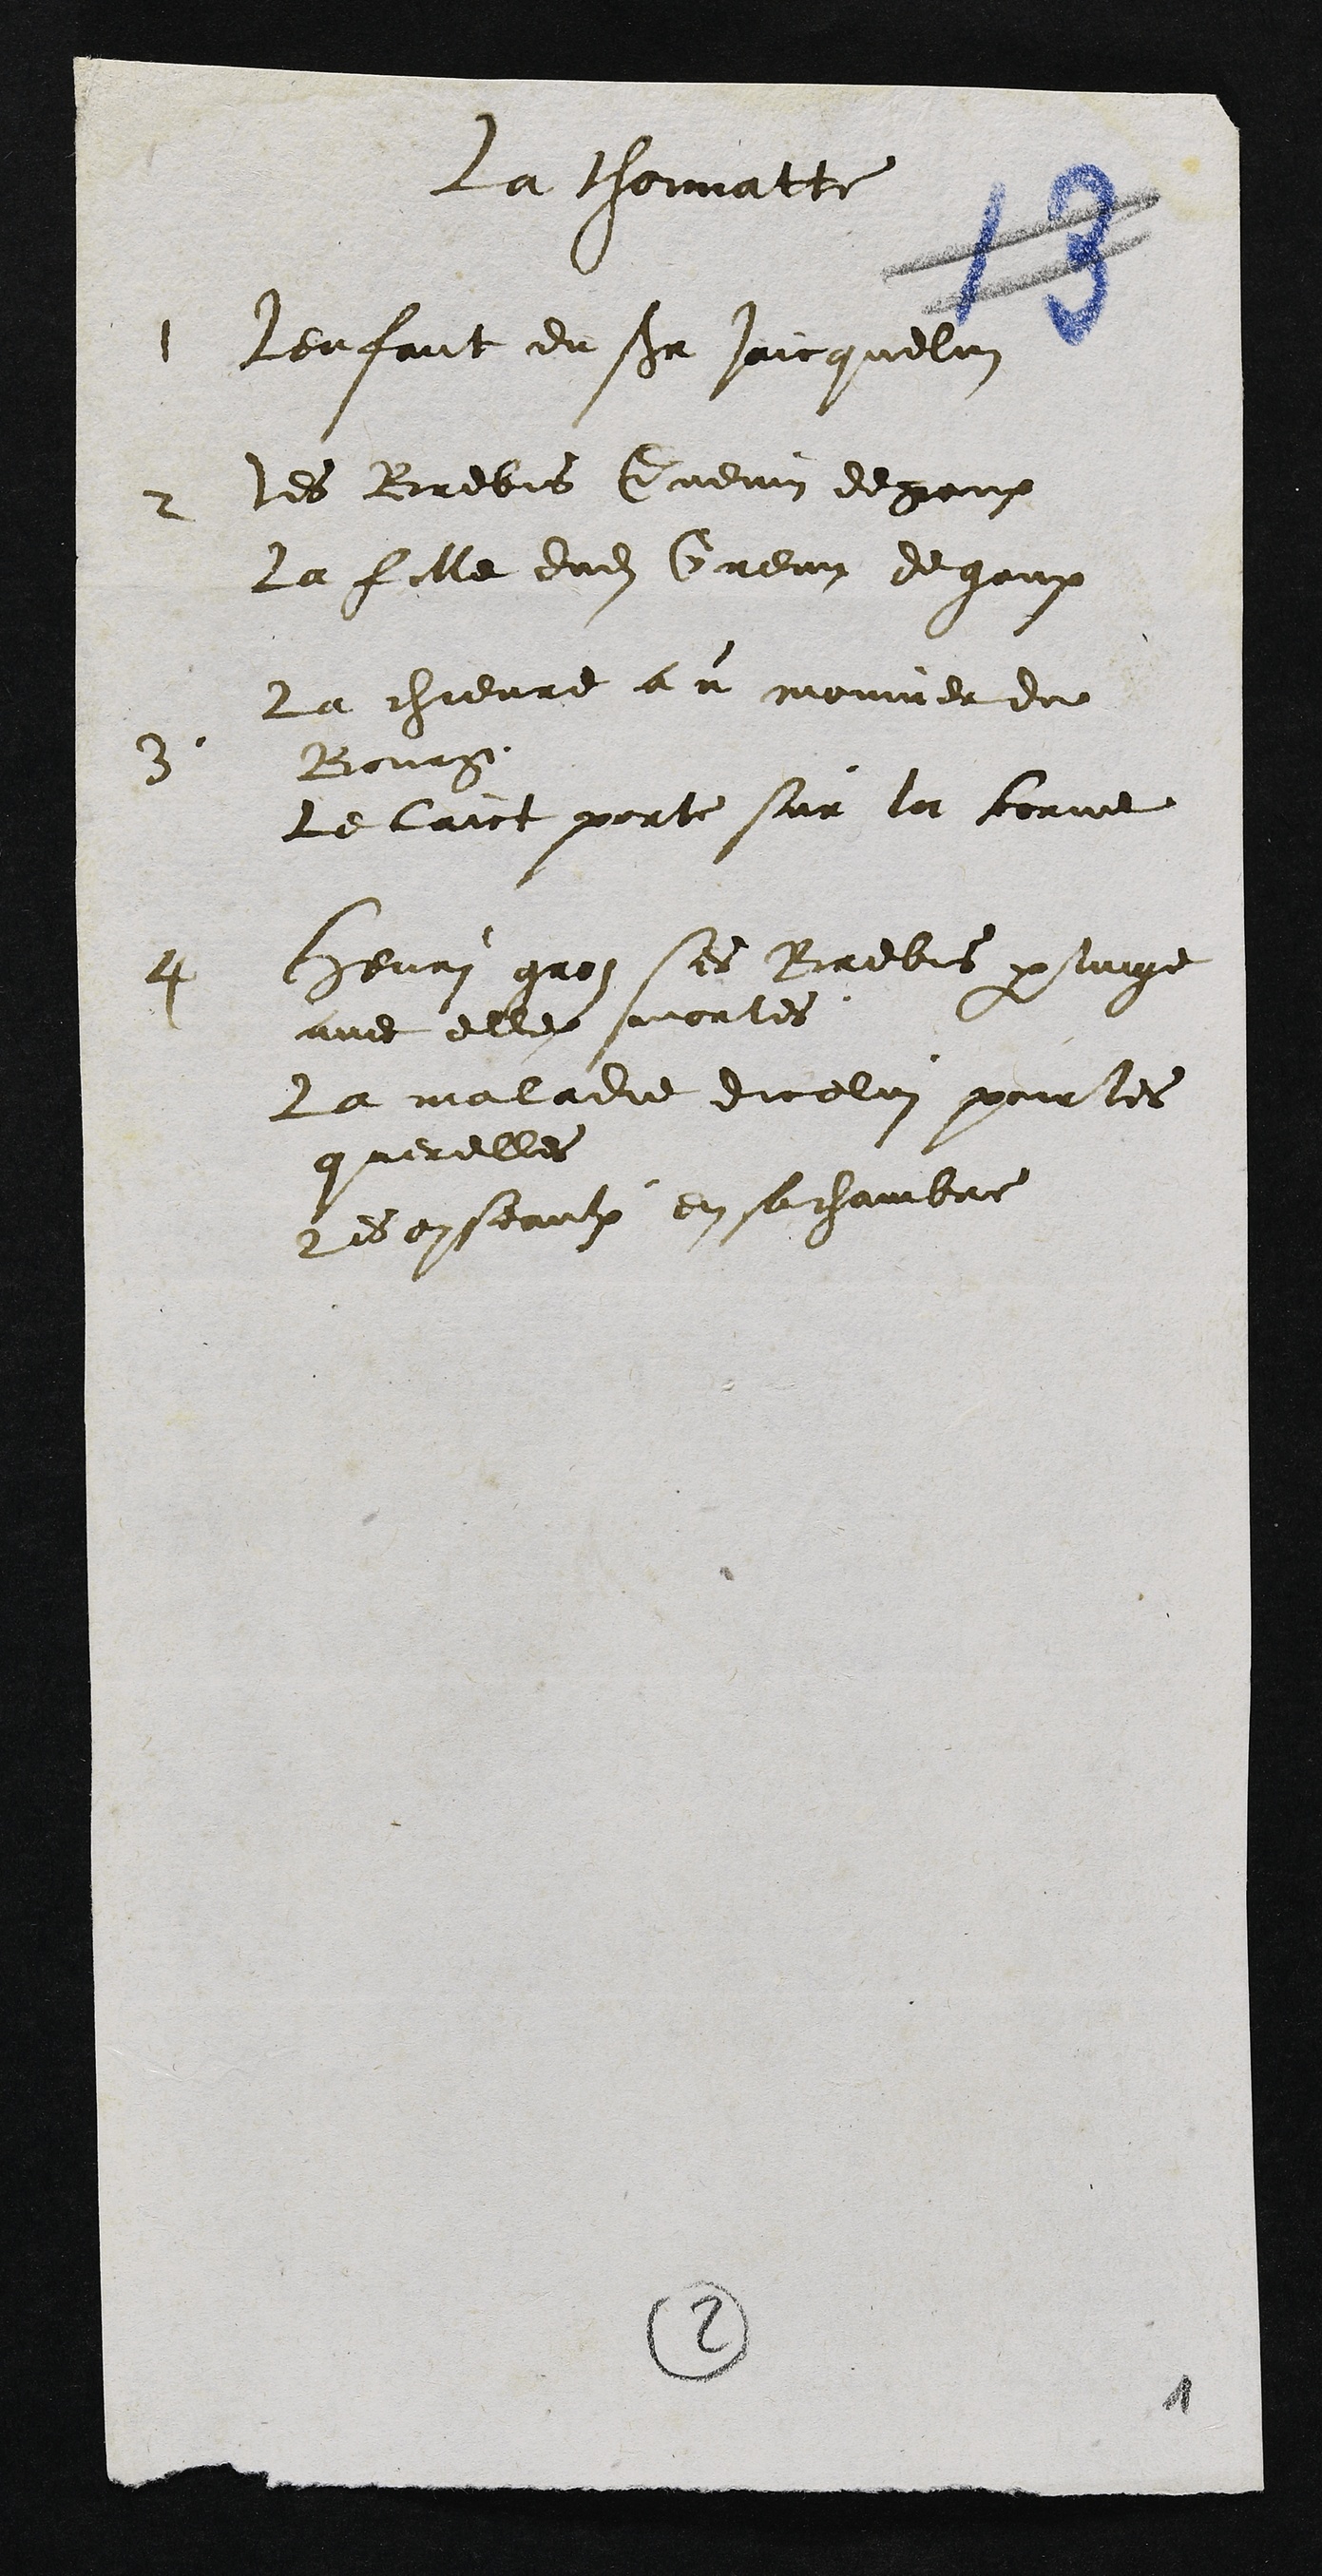
La Thonnatte
1 Lenfant du sieur Jaicquelin
2 les Brebis Guenin de pour
la fille dudit Cuenin de gaux
3. la chievre au mouverde
Bourg
le laict porte sur la torne
4 henri grosses brebis par linge
avec elle mortes
la maladie dicelui portes
querelles
les enseaulx en sa chambre